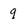
Character: q